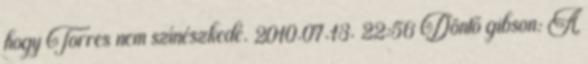
hogy Torres nem színészkedé. 2010.07.13. 22:56 Döntő gibson: A